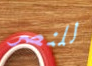
للنصر